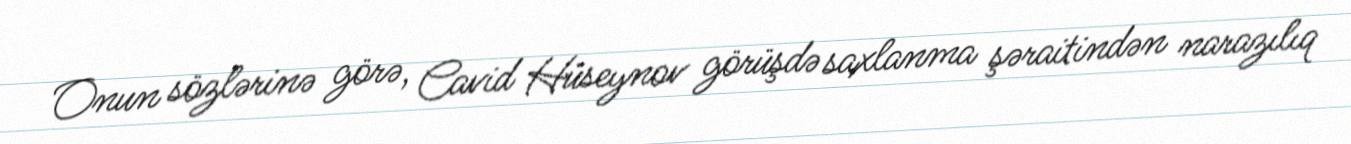
Onun sözlərinə görə, Cavid Hüseynov görüşdə saxlanma şəraitindən narazılıq